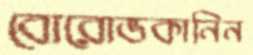
বোরোভকানিন